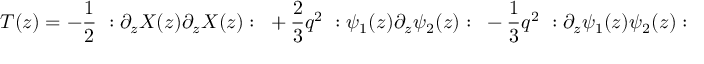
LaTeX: T ( z ) = - { \frac { 1 } { 2 } } ~ : \partial _ { z } X ( z ) \partial _ { z } X ( z ) : ~ + { \frac { 2 } { 3 } } q ^ { 2 } ~ : \psi _ { 1 } ( z ) \partial _ { z } \psi _ { 2 } ( z ) : ~ - { \frac { 1 } { 3 } } q ^ { 2 } ~ : \partial _ { z } \psi _ { 1 } ( z ) \psi _ { 2 } ( z ) :